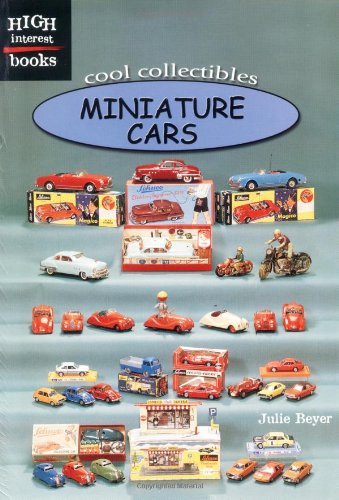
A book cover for Miniature Cars (High Interest Books: Cool Collectibles); Julie Beyer; Crafts, Hobbies & Home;